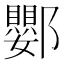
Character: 𨟙